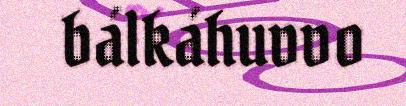
bálkáhuvvo